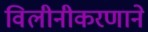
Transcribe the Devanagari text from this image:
विलीनीकरणाने